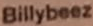
Billybeez